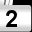
Digit: 2